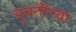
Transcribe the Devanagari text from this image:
युवतींच्या